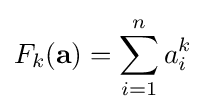
F_{k}(\mathbf {a} )=\sum _{i=1}^{n}a_{i}^{k}